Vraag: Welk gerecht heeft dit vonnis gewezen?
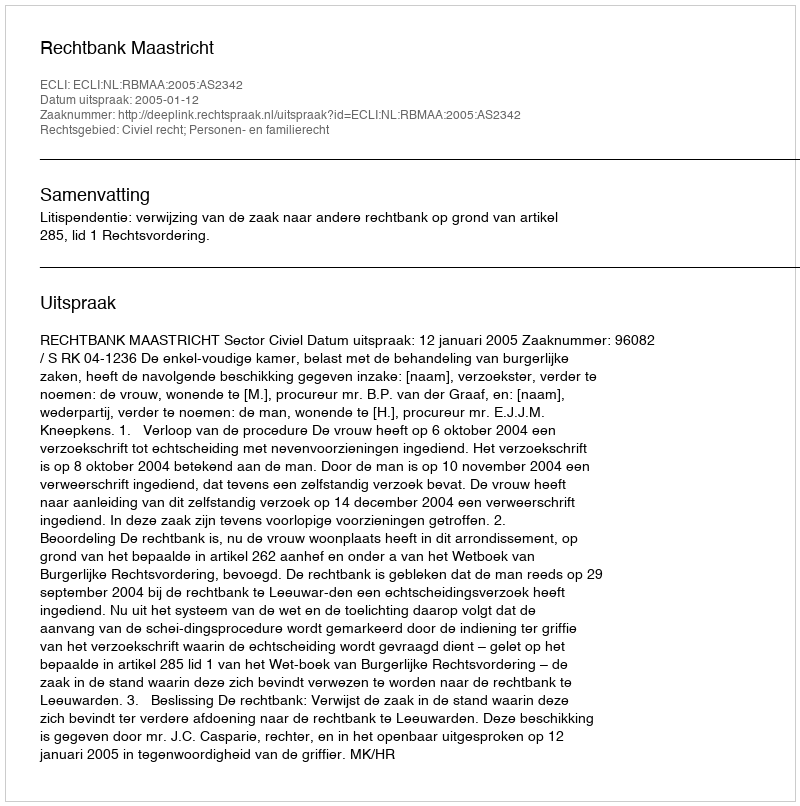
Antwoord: Rechtbank Maastricht